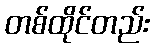
တစ်ထိုင်တည်း